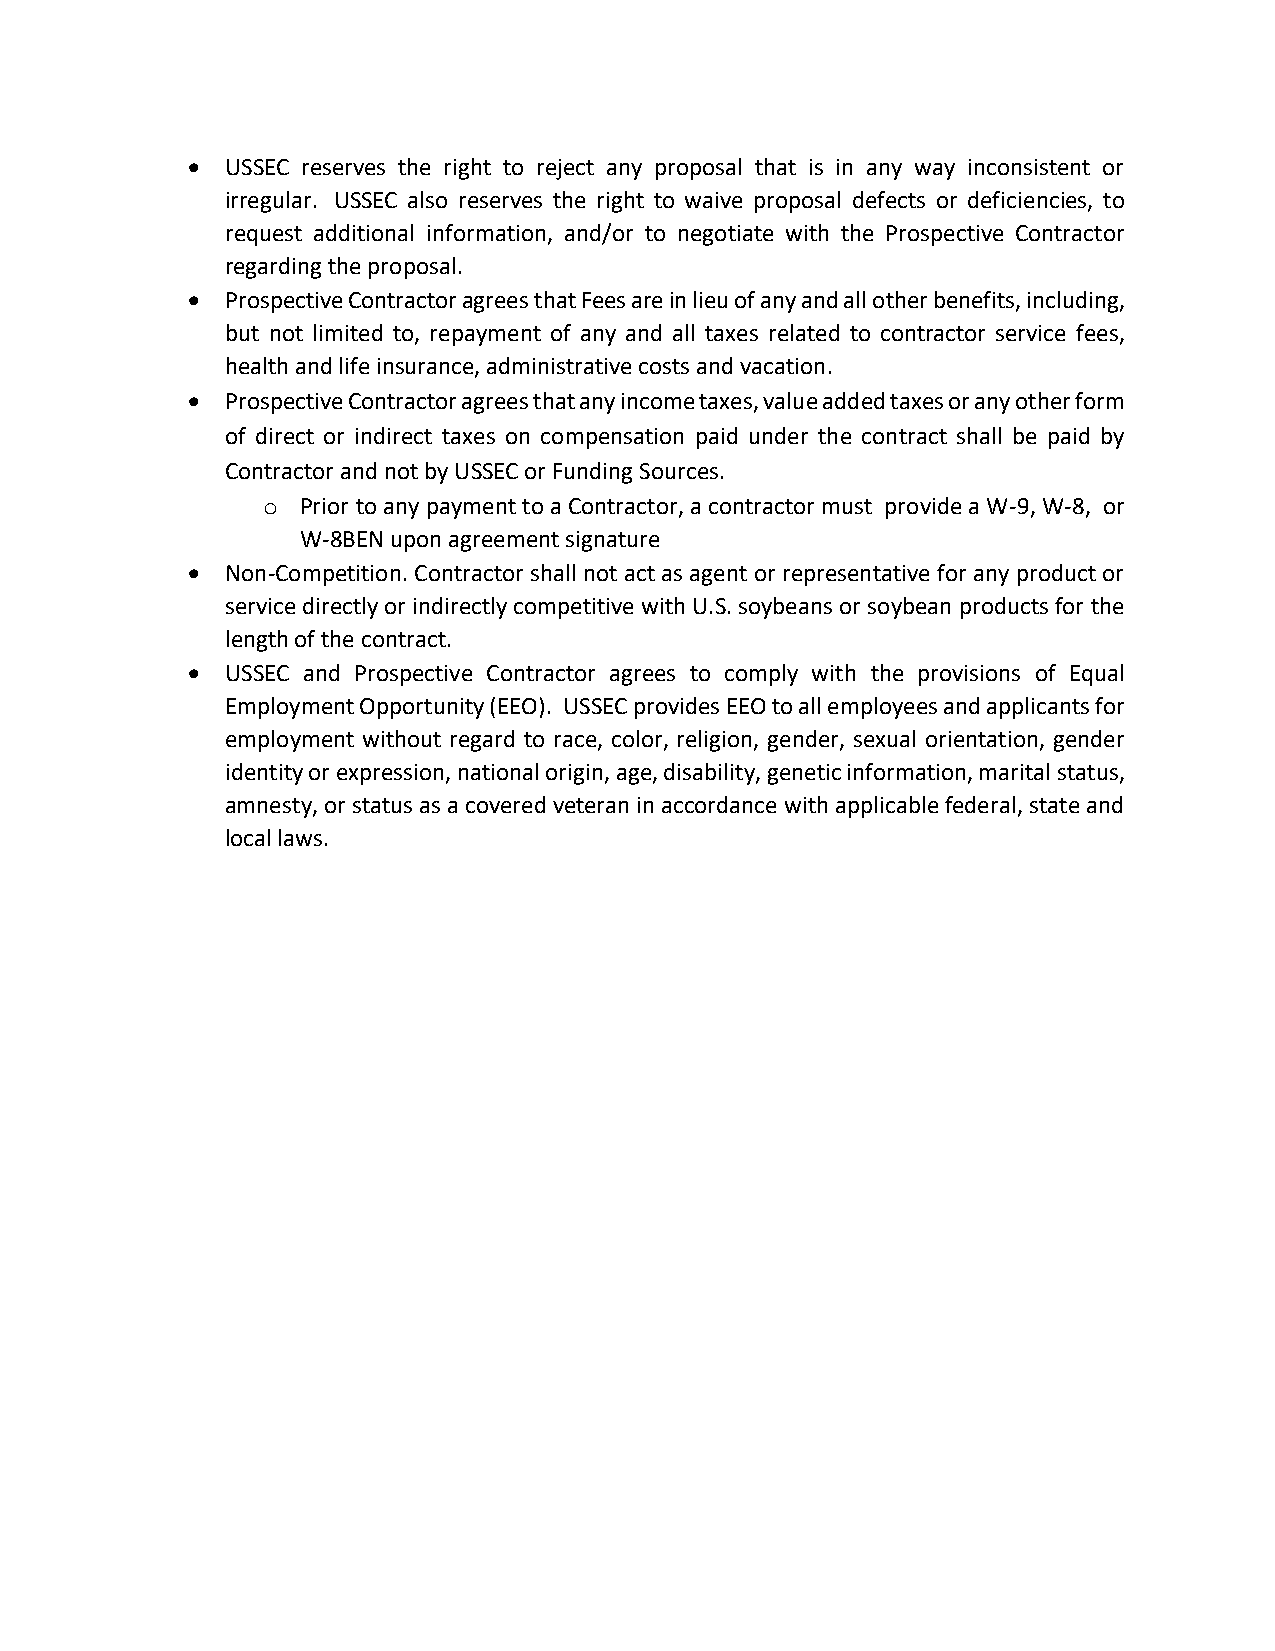
•  USSEC reserves the right to reject any proposal that is in any way inconsistent or
 irregular. USSEC also reserves the right to waive proposal defects or deficiencies, to
 request additional information, and/or to negotiate with the Prospective Contractor
 regarding the proposal.
 •  Prospective Contractor agrees that Fees are in lieu of any and all other benefits, including,
 but not limited to, repayment of any and all taxes related to contractor service fees,
 health and life insurance, administrative costs and vacation.
 •  Prospective Contractor agrees that any income taxes, value added taxes or any other form
 of direct or indirect taxes on compensation paid under the contract shall be paid by
 Contractor and not by USSEC or Funding Sources.
 o  Prior to any payment to a Contractor, a contractor must provide a W-9, W-8, or
 W-8BEN upon agreement signature
 •  Non-Competition. Contractor shall not act as agent or representative for any product or
 service directly or indirectly competitive with U.S. soybeans or soybean products for the
 length of the contract.
 •  USSEC and Prospective Contractor agrees to comply with the provisions of Equal
 Employment Opportunity (EEO). USSEC provides EEO to all employees and applicants for
 employment without regard to race, color, religion, gender, sexual orientation, gender
 identity or expression, national origin, age, disability, genetic information, marital status,
 amnesty, or status as a covered veteran in accordance with applicable federal, state and
 local laws.